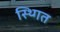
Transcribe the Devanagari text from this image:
स्थ्गित